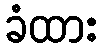
ခံထား